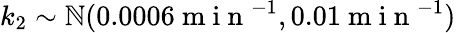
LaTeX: k_{2}\sim\mathbb{N}(0.0006\mathrm{{~m~i~n~}}^{-1},0.01\mathrm{{~m~i~n~}}^{-1})